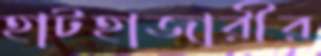
হাটহাজারীর